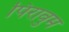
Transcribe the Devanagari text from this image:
पिरावुम